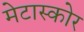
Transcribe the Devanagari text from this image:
मेटास्कोर